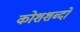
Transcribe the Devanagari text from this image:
कोशशब्दों